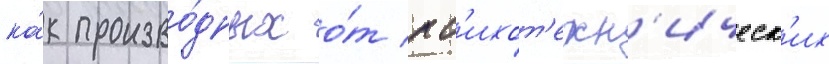
ка́к произво́дных о́т пс'ихот'ехн'ическ'их